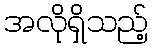
အလိုရှိသည့်